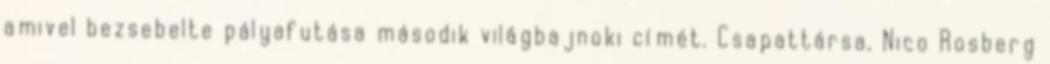
amivel bezsebelte pályafutása második világbajnoki címét. Csapattársa, Nico Rosberg